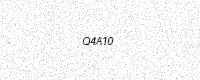
Text: Q4A10